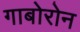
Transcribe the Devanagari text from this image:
गाबोरोन